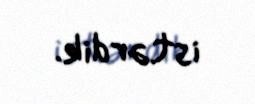
istərdik.